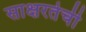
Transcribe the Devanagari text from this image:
साक्षरतेची